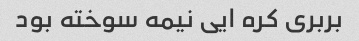
بربری کره ایی نیمه سوخته بود